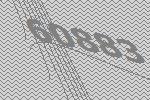
60883